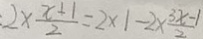
2 \times \frac { x + 1 } { 2 } = 2 \times 1 - 2 \times \frac { 3 x - 1 } { 2 }